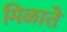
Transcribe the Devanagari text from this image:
मिळाते